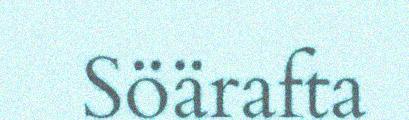
Söärafta